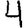
Digit: 4